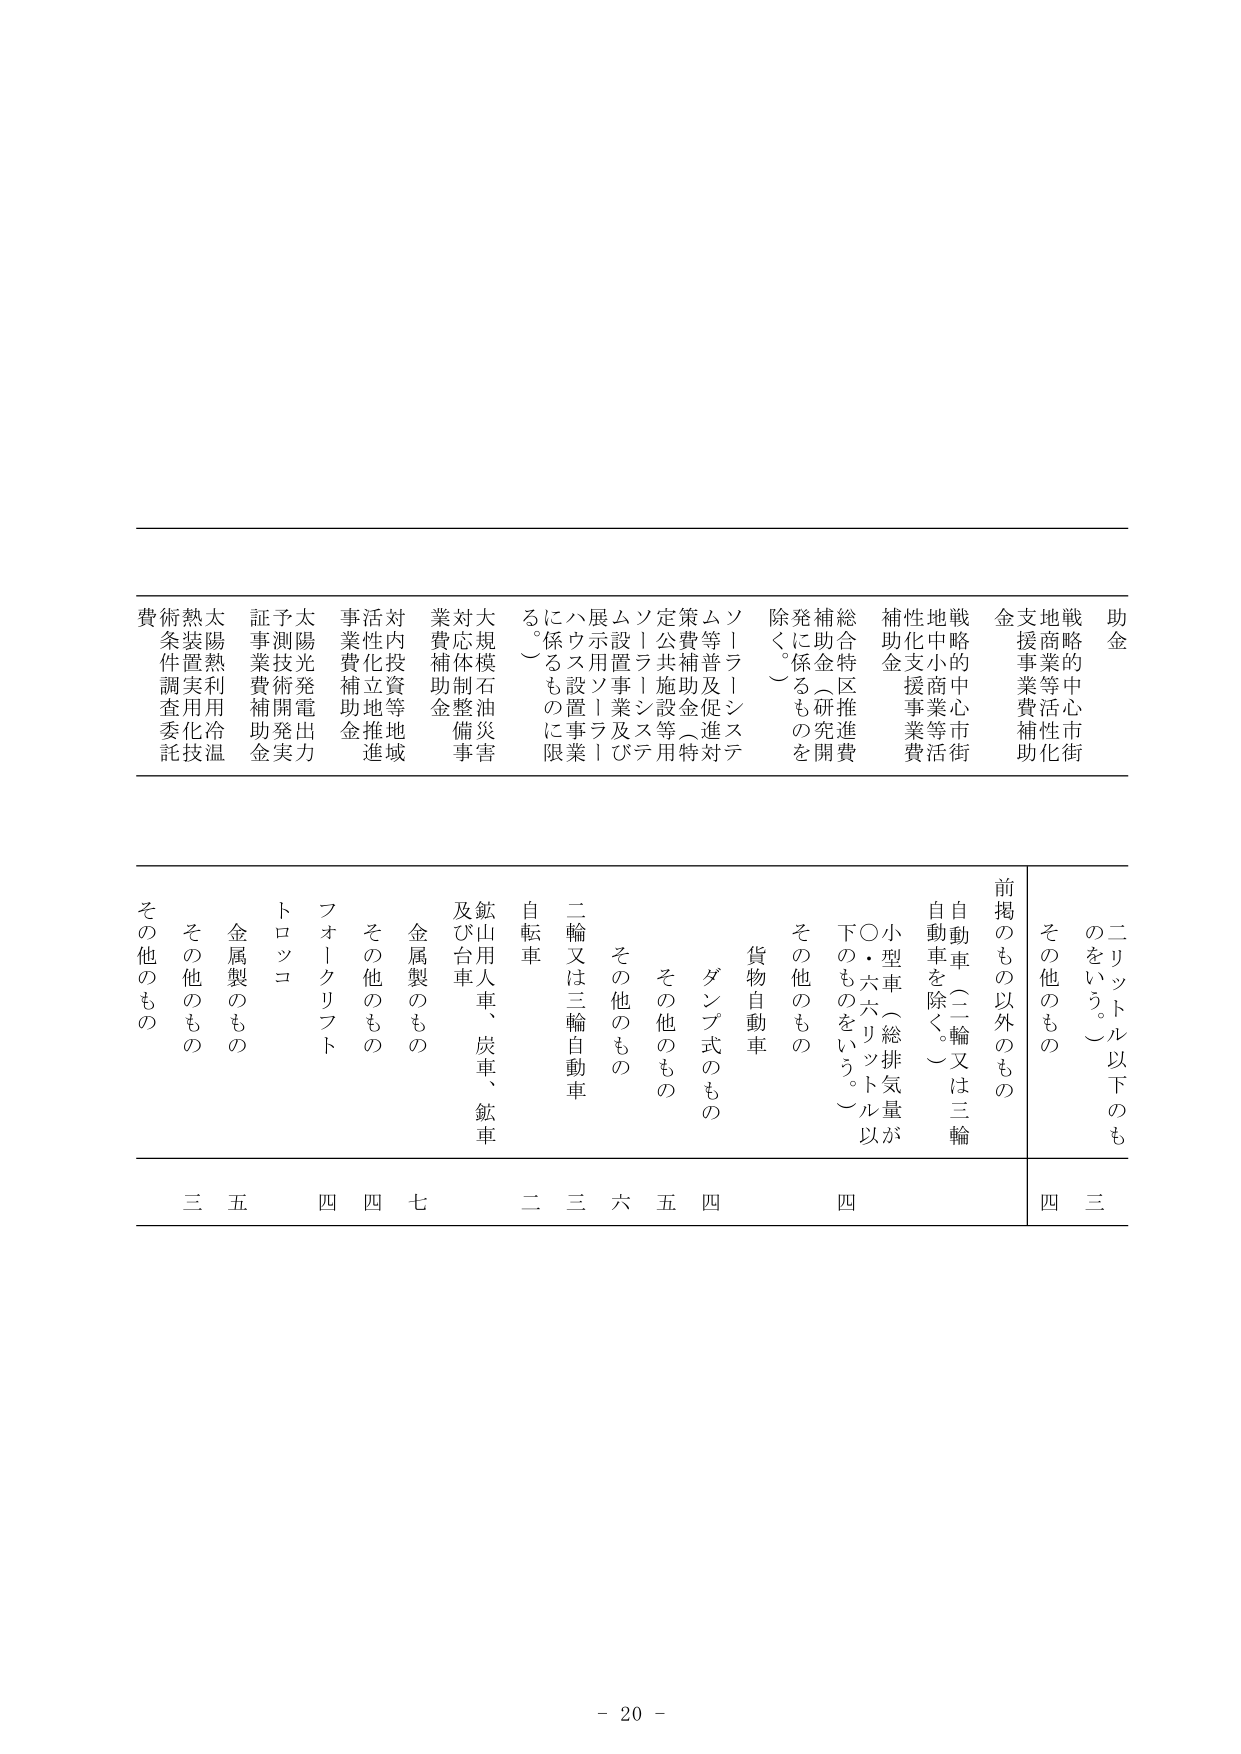
助金
戦略的中心市街地等活性化支援事業費補助金
補助金支払事業費
戦略的中心市街地中小事業等活性化支援事業費補助金
総合特区推進費補助金（研究開発に係るものを除く。）
ソーラーシステム等普及促進対策費補助金（特定公共施設等ソーラーシステム設置事業及び展開支援ソラーラに係るものに限る。）
大規模石油災害対応体制整備事業費補助金
対内投資等地域活性化立地推進事業費補助金
太陽光発電出力測技術開発実証事業費補助金
太陽熱利用冷温熱装置実用化技術条件調査委託費
二リットル以下のものをいう。）
その他のもの
前掲のもの以外のもの
自動車（二輪又は三輪自動車を除く。）
小型車（総排気量が〇・六六リットル以下のものをいう。）
その他のもの
貨物自動車
ダンプ式のもの
その他のもの
二輪又は三輪自動車
自転車
鉱山用人車、炭車、鉱車及び台車
金属製のもの
その他のもの
フォークリフト
トロッコ
金属製のもの
その他のもの
その他のもの
三
五
四
四
七
二
三
六
五
四
四
三
- 20 -